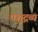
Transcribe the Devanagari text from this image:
पशुद्रव्य